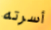
أسرته